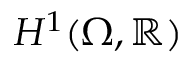
H ^ { 1 } ( \Omega , \mathbb { R } )